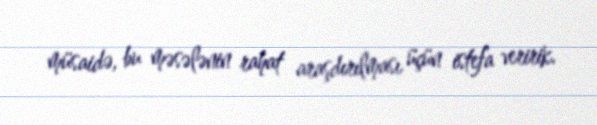
müsaidə, bu məsələnin rahat araşdırılması üçün istefa veririk.